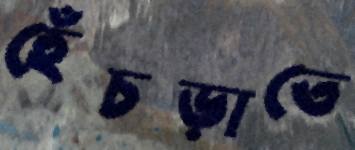
হেঁচড়াতে